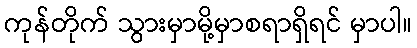
ကုန်တိုက် သွားမှာမို့မှာစရာရှိရင် မှာပါ။